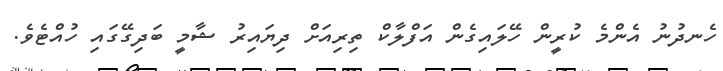
ހެނދުނު އެންމެ ކުރީން ހޭލައިގެން އަފްލާކް ތިރިއަށް ދިޔައިރު ޝާމީ ބަދިގޭގައި ހުއްޓެވެ.